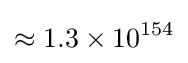
\approx 1.3\times 10^{154}